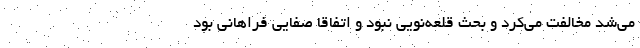
می‌شد مخالفت می‌کرد و بحث قلعه‌نویی نبود و اتفاقا صفایی فراهانی بود